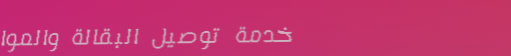
خدمة توصيل البقالة والموا